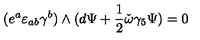
( e ^ { a } \varepsilon _ { a b } \gamma ^ { b } ) \wedge ( d \Psi + { \frac { 1 } { 2 } } \check { \omega } \gamma _ { 5 } \Psi ) = 0